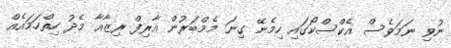
ނުވި ނަމަވެސް އެކްސްކޯގައި ހިމެނޭ ގިނަ މެމްބަރުން އާރިފް ރިޒާއާ މެދު ހިތްހަމައެއް